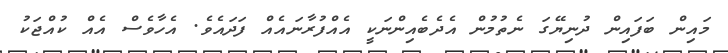
މައިން ބަފައިން ދުނިޔޭގަ ނެތުމުން އެދެބެއިންނަކީ އެއްފުރާނައެއް ފަދައެވެ. އެހާވެސް އެއް ކުއްޖަކު